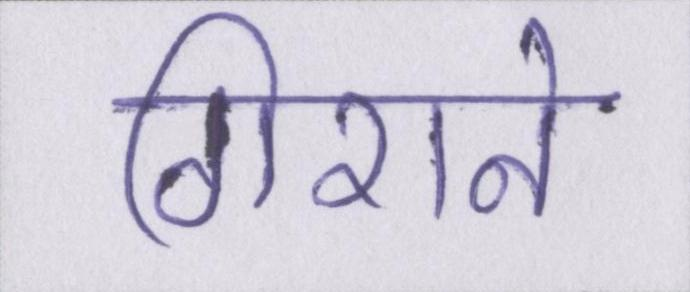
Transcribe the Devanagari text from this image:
गिराने